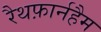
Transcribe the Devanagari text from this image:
रैथफ़ार्नहैम